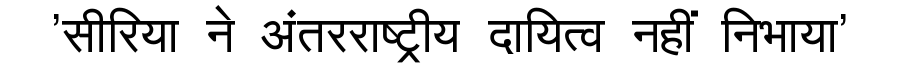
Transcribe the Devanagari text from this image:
'सीरिया ने अंतरराष्ट्रीय दायित्व नहीं निभाया'